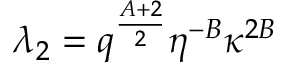
\lambda _ { 2 } = q ^ { \frac { A + 2 } { 2 } } \eta ^ { - B } \kappa ^ { 2 B }